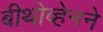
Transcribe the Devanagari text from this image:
बीथोव्हेनने